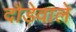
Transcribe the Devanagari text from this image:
दौड़ेवाले